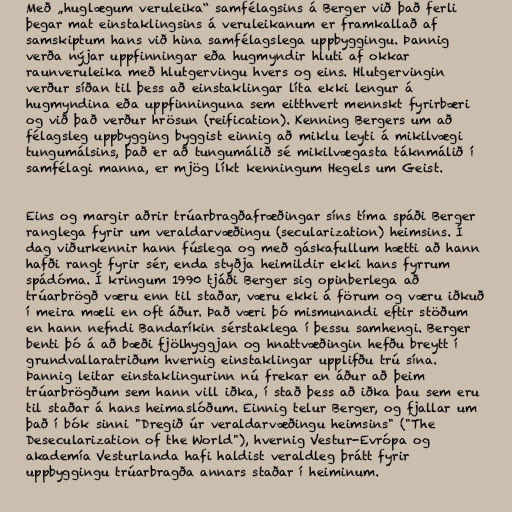
Með „huglægum veruleika“ samfélagsins á Berger við það ferli
þegar mat einstaklingsins á veruleikanum er framkallað af
samskiptum hans við hina samfélagslega uppbyggingu. Þannig
verða nýjar uppfinningar eða hugmyndir hluti af okkar
raunveruleika með hlutgervingu hvers og eins. Hlutgervingin
verður síðan til þess að einstaklingar líta ekki lengur á
hugmyndina eða uppfinninguna sem eitthvert mennskt fyrirbæri
og við það verður hrösun (reification). Kenning Bergers um að
félagsleg uppbygging byggist einnig að miklu leyti á mikilvægi
tungumálsins, það er að tungumálið sé mikilvægasta táknmálið í
samfélagi manna, er mjög líkt kenningum Hegels um Geist.

Eins og margir aðrir trúarbragðafræðingar síns tíma spáði Berger
ranglega fyrir um veraldarvæðingu (secularization) heimsins. Í
dag viðurkennir hann fúslega og með gáskafullum hætti að hann
hafði rangt fyrir sér, enda styðja heimildir ekki hans fyrrum
spádóma. Í kringum 1990 tjáði Berger sig opinberlega að
trúarbrögð væru enn til staðar, væru ekki á förum og væru iðkuð
í meira mæli en oft áður. Það væri þó mismunandi eftir stöðum
en hann nefndi Bandaríkin sérstaklega í þessu samhengi. Berger
benti þó á að bæði fjölhyggjan og hnattvæðingin hefðu breytt í
grundvallaratriðum hvernig einstaklingar upplifðu trú sína.
Þannig leitar einstaklingurinn nú frekar en áður að þeim
trúarbrögðum sem hann vill iðka, í stað þess að iðka þau sem eru
til staðar á hans heimaslóðum. Einnig telur Berger, og fjallar um
það í bók sinni "Dregið úr veraldarvæðingu heimsins" ("The
Desecularization of the World"), hvernig Vestur-Evrópa og
akademía Vesturlanda hafi haldist veraldleg þrátt fyrir
uppbyggingu trúarbragða annars staðar í heiminum.